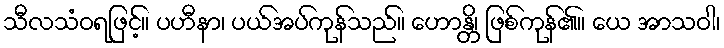
သီလသံဝရဖြင့်။ ပဟီနာ၊ ပယ်အပ်ကုန်သည်။ ဟောန္တိ၊ ဖြစ်ကုန်၏။ ယေ အာသဝါ၊